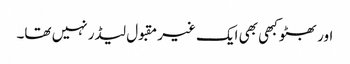
اور بھٹو کبھی بھی ایک غیر مقبول لیڈر نہیں تھا۔